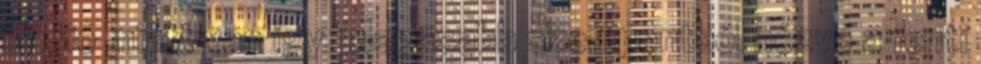
illúzió miatt van így. Magasabb szempontból nézve a fenti